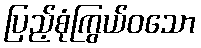
ပြည့်စုံကြွယ်ဝသော